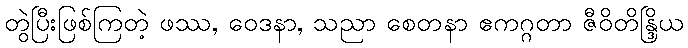
တွဲပြီးဖြစ်ကြတဲ့ ဖဿ, ဝေဒနာ, သညာ စေတနာ ဧကဂ္ဂတာ ဇီဝိတိန္ဒြိယ